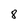
Character: 8